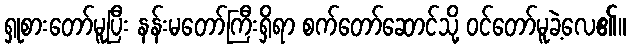
ရှုစားတော်မူပြီး နန်းမတော်ကြီးရှိရာ စက်တော်ဆောင်သို့ ဝင်တော်မူခဲ့လေ၏။